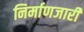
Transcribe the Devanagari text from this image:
निर्माणजारी